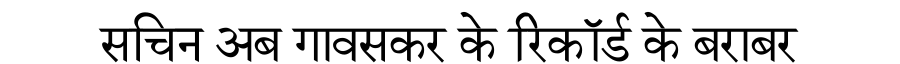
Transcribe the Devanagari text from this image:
सचिन अब गावसकर के रिकॉर्ड के बराबर